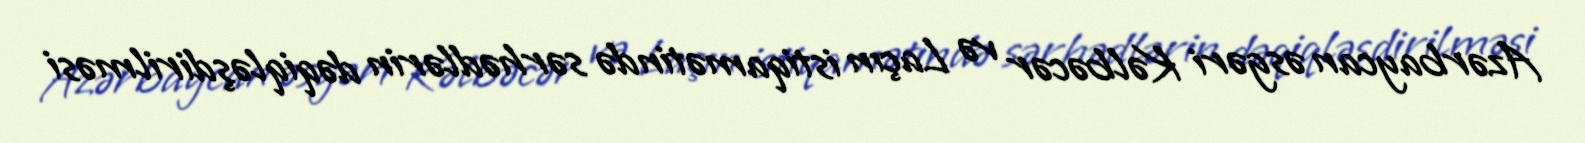
Azərbaycan əsgəri Kəlbəcər və Laçın istiqamətində sərhədlərin dəqiqləşdirilməsi